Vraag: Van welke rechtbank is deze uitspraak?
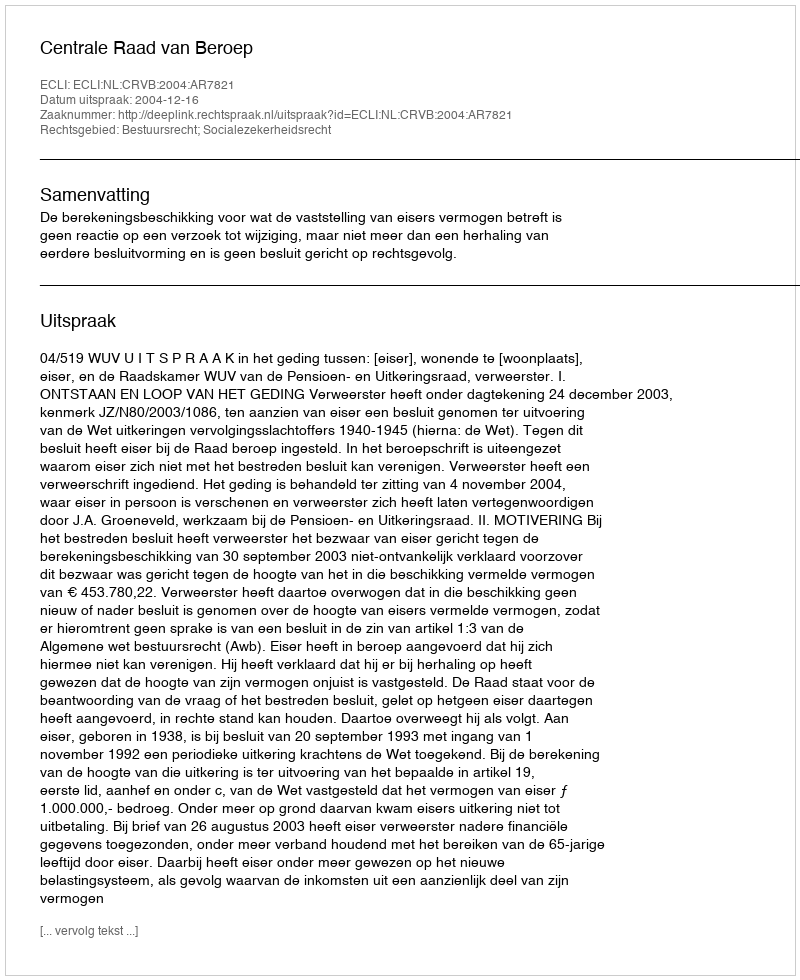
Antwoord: Centrale Raad van Beroep